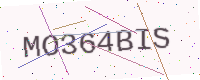
Text: MO364BIS